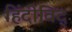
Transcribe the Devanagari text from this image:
हिंदीविद्‍